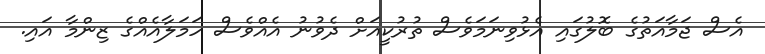
އެސް ޖަމާއަތުގެ ބޮލުގައި އެޅުވިނަމަވެސް ތުރުކީއަށް ދެވުނު އެއްވެސް ހަމަލާއެއްގެ ޒިންމާ އައި.